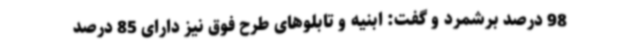
98 درصد برشمرد و گفت: ابنیه و تابلوهای طرح فوق نیز دارای 85 درصد